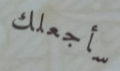
سأجعلك